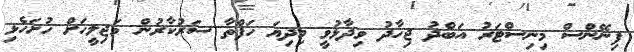
ފިނޭންސް މިނިސްޓަރު އަބްދު ޖިހާދު ވިދާޅުވީ މިދިޔަ ހަފްތާ ސަރުކާރުން މަޖިލީހަށް ހުށަހެޅި